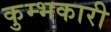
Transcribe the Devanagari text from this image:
कुम्भकारी